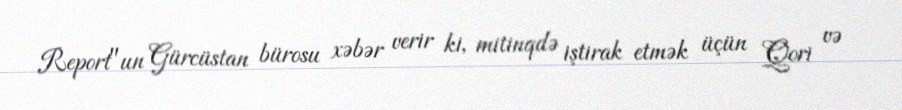
Report"un Gürcüstan bürosu xəbər verir ki, mitinqdə iştirak etmək üçün Qori və